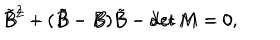
\tilde { B } ^ { 2 } - ( \tilde { B } - B ) \tilde { B } - \det M = 0 \hspace { 1 c m } B ^ { 2 } + ( \tilde { B } - B ) B - \det M = 0 , \,